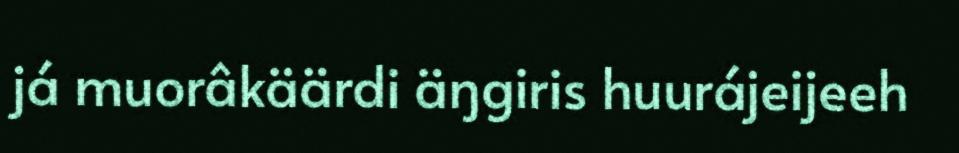
já muorâkäärdi äŋgiris huurájeijeeh